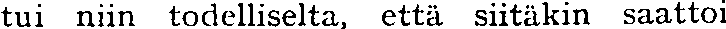
tui niin todelliselta, että siitäkin saattoi